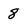
Character: 8